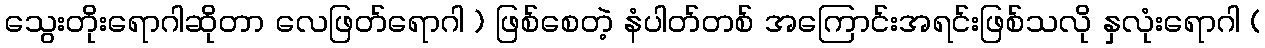
သွေးတိုးရောဂါဆိုတာ လေဖြတ်ရောဂါ ) ဖြစ်စေတဲ့ နံပါတ်တစ် အကြောင်းအရင်းဖြစ်သလို နှလုံးရောဂါ (